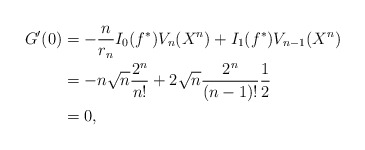
\begin{align*}G'(0) & = -\frac{n}{r_n}I_0(f^*)V_n(X^n)+I_1(f^*)V_{n-1}(X^n)\\& = -n\sqrt{n}\frac{2^n}{n!}+2\sqrt{n}\frac{2^n}{(n-1)!}\frac{1}{2}\\& = 0,\end{align*}